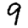
Digit: 9